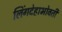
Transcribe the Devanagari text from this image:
लिंगदेहाभोवती